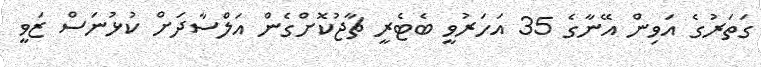
ގަތަރުގެ އަވިން އޭނާގެ 35 އަހަރުވީ ބެޓެރީ ޗާޖުކޮށްގެން އަލްސާދަށް ކުޅުނަސް ޒަވީ